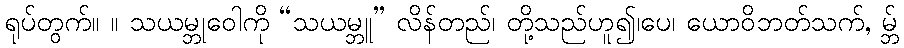
ရုပ်တွက်။ ။ သယမ္ဘုဝေါကို “သယမ္ဘူ” လိန်တည်၊ တို့သည်ဟူ၍၊ပေ၊ ယောဝိဘတ်သက်, မ္ဘ်